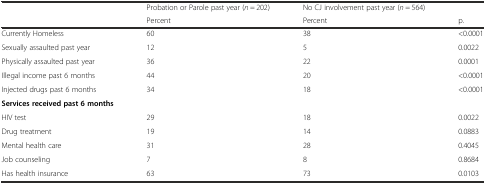
<table><thead><tr><td></td><td><b>Probation or Parole past year (<i>n</i> = 202)</b></td><td><b>No CJ involvement past year (<i>n</i> = 564)</b></td><td></td></tr><tr><td></td><td><b>Percent</b></td><td><b>Percent</b></td><td><b>p.</b></td></tr></thead><tbody><tr><td>Currently Homeless</td><td>60</td><td>38</td><td>&lt;0.0001</td></tr><tr><td>Sexually assaulted past year</td><td>12</td><td>5</td><td>0.0022</td></tr><tr><td>Physically assaulted past year</td><td>36</td><td>22</td><td>0.0001</td></tr><tr><td>Illegal income past 6 months</td><td>44</td><td>20</td><td>&lt;0.0001</td></tr><tr><td>Injected drugs past 6 months</td><td>34</td><td>18</td><td>&lt;0.0001</td></tr><tr><td><b>Services received past 6 months</b></td><td></td><td></td><td></td></tr><tr><td>HIV test</td><td>29</td><td>18</td><td>0.0022</td></tr><tr><td>Drug treatment</td><td>19</td><td>14</td><td>0.0883</td></tr><tr><td>Mental health care</td><td>31</td><td>28</td><td>0.4045</td></tr><tr><td>Job counseling</td><td>7</td><td>8</td><td>0.8684</td></tr><tr><td>Has health insurance</td><td>63</td><td>73</td><td>0.0103</td></tr></tbody></table>